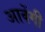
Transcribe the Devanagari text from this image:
आवेंगी